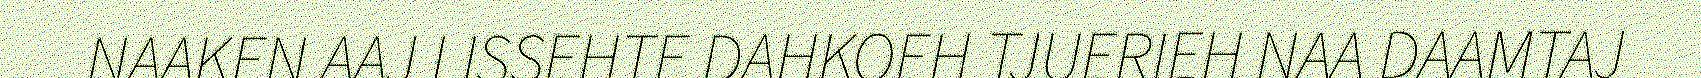
NAAKEN AAJ LISSEHTE DAHKOEH TJUERIEH NAA DAAMTAJ